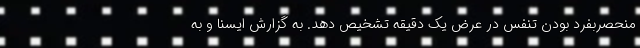
منحصربفرد بودن تنفس در عرض یک دقیقه تشخیص دهد. به گزارش ایسنا و به